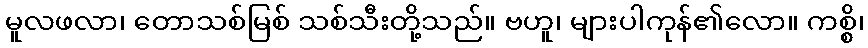
မူလဖလာ၊ တောသစ်မြစ် သစ်သီးတို့သည်။ ဗဟူ၊ များပါကုန်၏လော။ ကစ္စိ၊